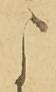
よ